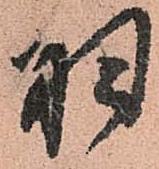
羽